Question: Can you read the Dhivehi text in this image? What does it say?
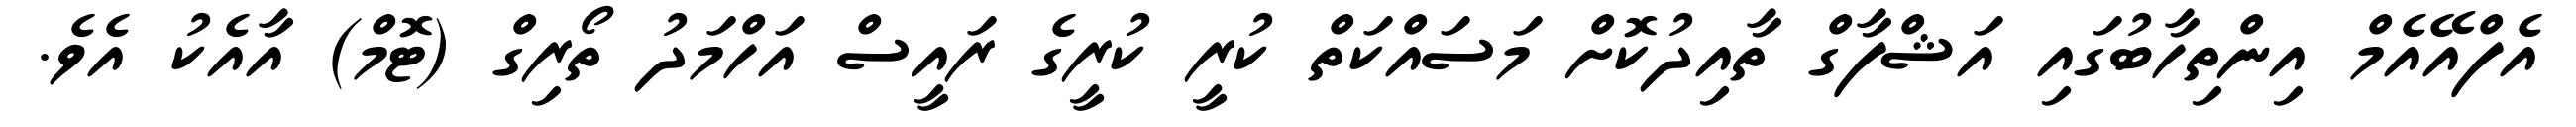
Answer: އެފްއޭއެމް އިންތިހާބުގައި އަޝްފާގް ތާއިދުކޮށް މަސައްކަތް ކުރީ ކުރީގެ ރައީސް އަހްމަދު ތޯރިގް (ޓޮމް) އާއެކު އެވެ.